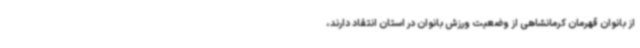
از بانوان قهرمان کرمانشاهی از وضعیت ورزش بانوان در استان انتقاد دارند،